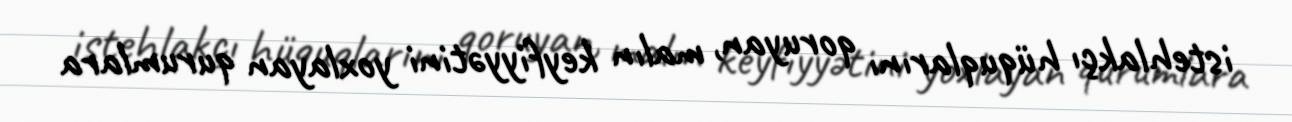
istehlakçı hüquqlarını qoruyan, malın keyfiyyətini yoxlayan qurumlara